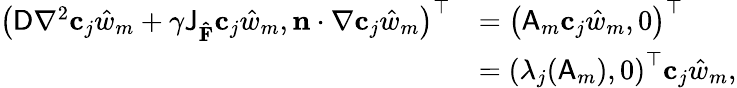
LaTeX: \begin{array}{rl}{\left(\mathsf{D}\nabla^{2}\mathbf{c}_{j}\hat{w}_{m}+\gamma\mathsf{J}_{\mathbf{\hat{F}}}\mathbf{c}_{j}\hat{w}_{m},\mathbf{n}\cdot\nabla\mathbf{c}_{j}\hat{w}_{m}\right)^{\top}}&{=\left(\mathsf{A}_{m}\mathbf{c}_{j}\hat{w}_{m},0\right)^{\top}}\\ &{=\left(\lambda_{j}(\mathsf{A}_{m}),0\right)^{\top}\mathbf{c}_{j}\hat{w}_{m},}\end{array}